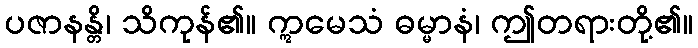
ပဇာနန္တိ၊ သိကုန်၏။ ဣမေသံ ဓမ္မာနံ၊ ဤတရားတို့၏။